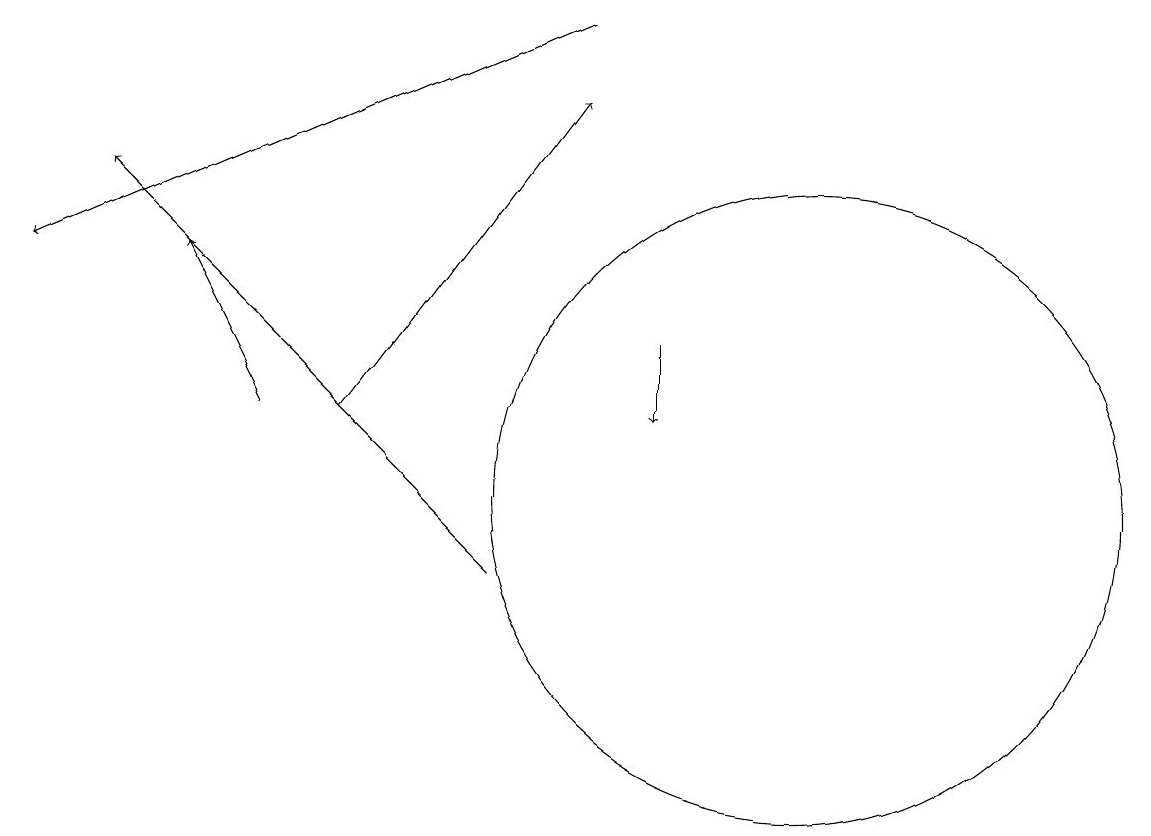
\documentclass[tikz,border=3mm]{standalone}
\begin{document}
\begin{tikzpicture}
\draw[->] (7,10) -- (2,15);
\draw[->] (5,12) -- (8,16);
\draw (10,10) circle (0);
\draw[->] (9,13) -- (9,12);
\draw[->] (4,12) -- (3,14);
\draw[->] (8,17) -- (1,14);
\draw (11,11) circle (4);
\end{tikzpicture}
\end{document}